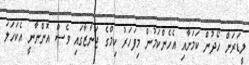
ލީޑަރަށް ހޯދުން ކަމަށާއި އެހެންކަމުން މިފަހަރު ކިމްގެ ޖަނާޒާގައި ވެސް އޮންނާނީ އެކަހަލަ